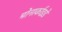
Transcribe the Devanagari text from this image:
मोनार्काइडे